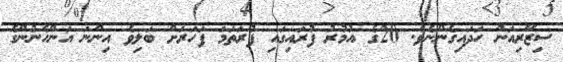
ސިޒޭރިއަން ހަދައިގެންނެވެ. 20ގެ އުމުރު ފުރައިގައި ފުރަތަމަ ފަހަރަށް ބަލިވެ އިންނަ އަންހެނުންގެ